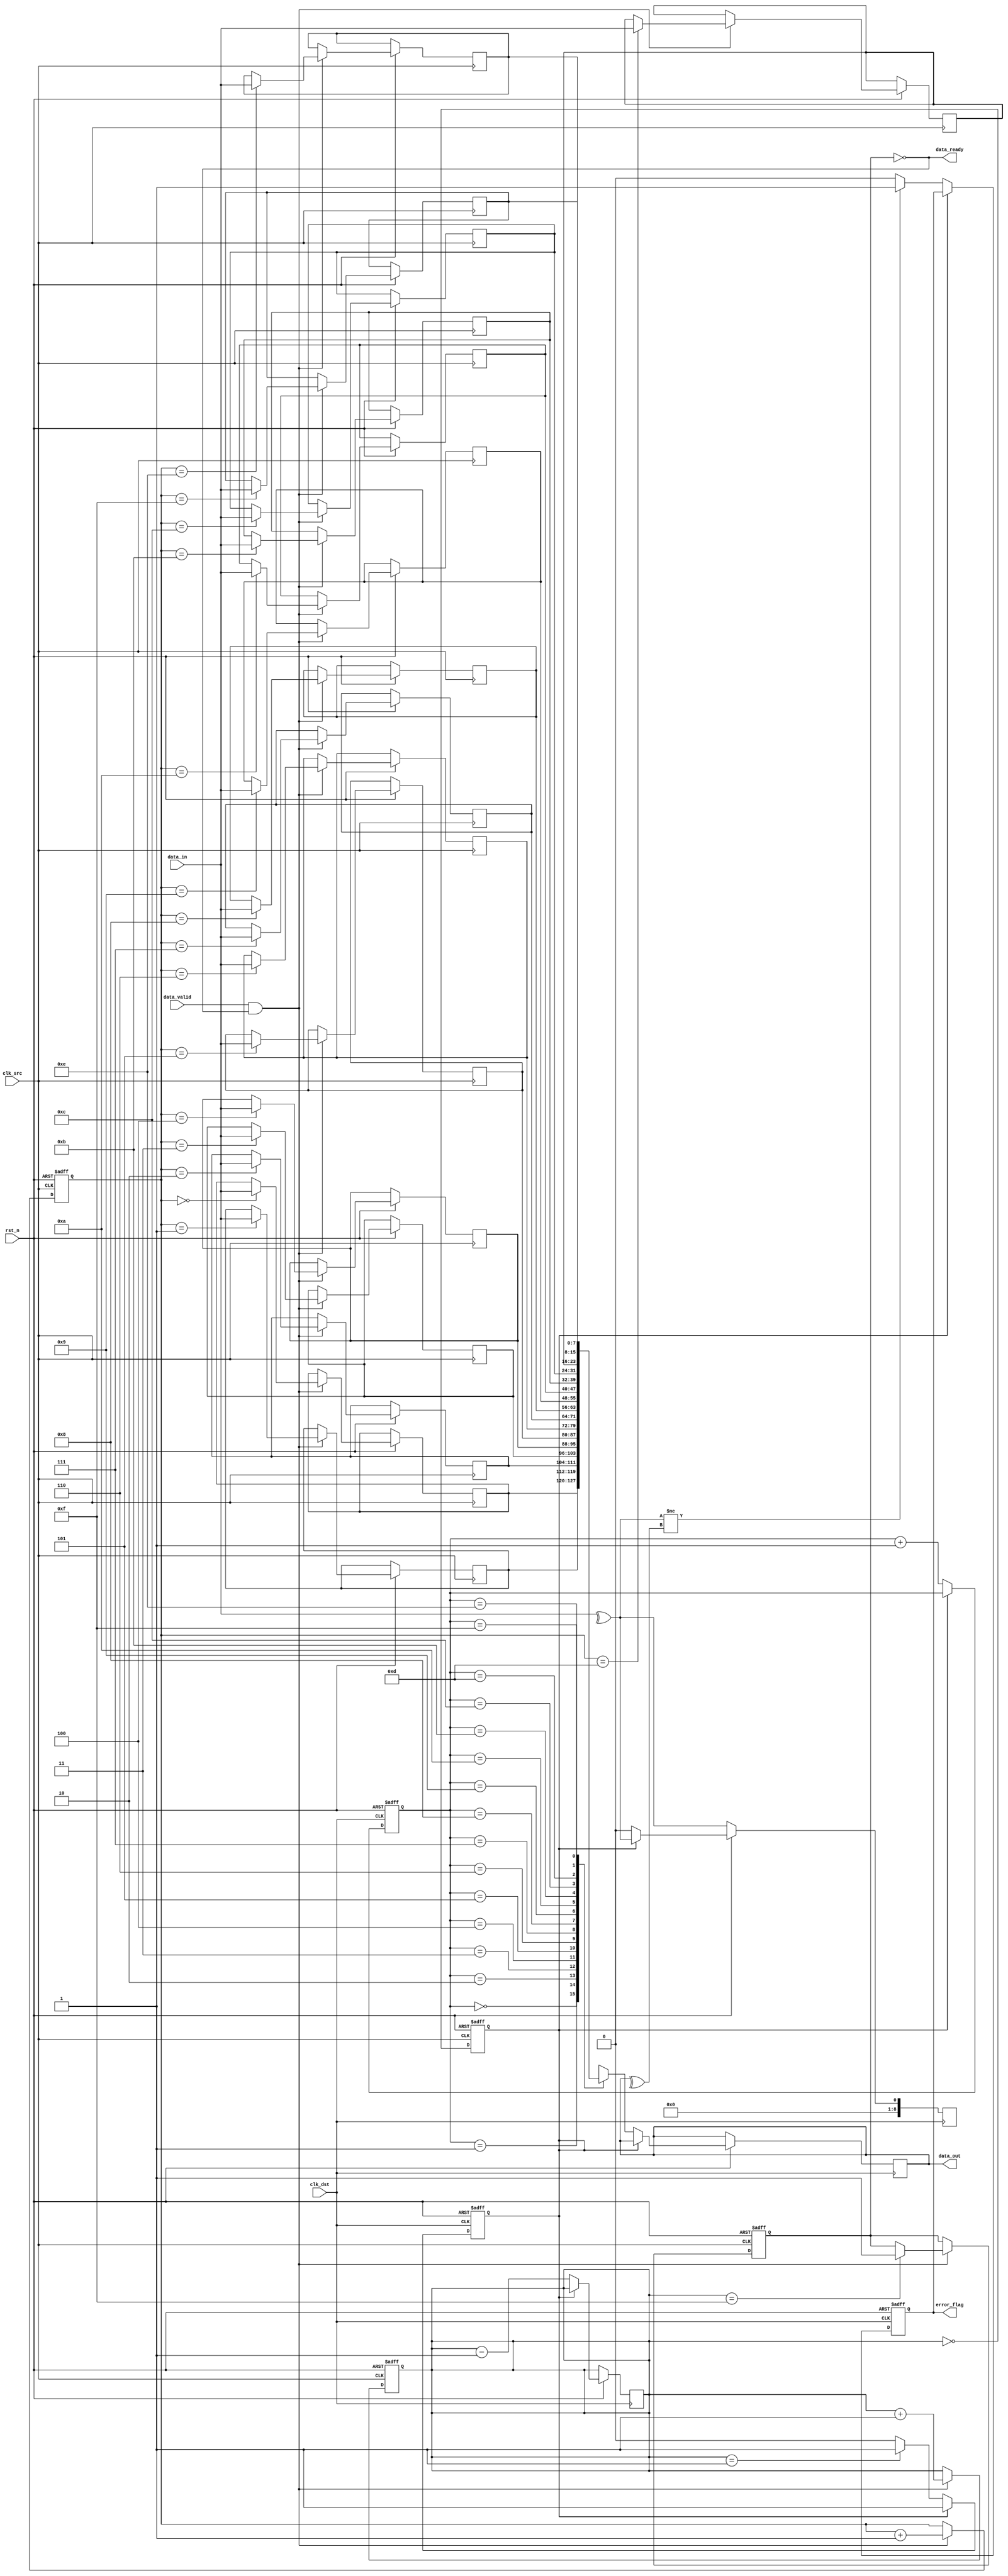
module cdc_memory_block #(
    parameter DATA_WIDTH = 8,
    parameter FIFO_DEPTH = 16
)(
    input wire clk_src,             // Source clock
    input wire clk_dst,             // Destination clock
    input wire rst_n,               // Asynchronous reset (active low)
    input wire [DATA_WIDTH-1:0] data_in, // Data input from the source domain
    input wire data_valid,          // Data valid signal from the source domain
    output wire data_ready,         // Data ready signal for the destination domain
    output reg [DATA_WIDTH-1:0] data_out, // Data output to the destination domain
    output reg error_flag           // Error flag for parity errors
);

    // Internal signals
    reg [DATA_WIDTH-1:0] fifo_mem [0:FIFO_DEPTH-1]; // FIFO memory
    reg [3:0] wr_ptr, rd_ptr; // Write and read pointers
    reg [3:0] fifo_count; // FIFO count
    reg [DATA_WIDTH:0] parity_bit; // Parity bit (1 extra bit for parity)
    
    // Synchronization FIFO control signals
    reg fifo_full, fifo_empty;

    // Generate parity bit
    always @(*) begin
        parity_bit = ^data_in; // Calculate parity (even parity)
    end

    // Write logic for FIFO (source clock domain)
    always @(posedge clk_src or negedge rst_n) begin
        if (!rst_n) begin
            wr_ptr <= 0;
            fifo_count <= 0;
            fifo_full <= 0;
        end else if (data_valid && !fifo_full) begin
            fifo_mem[wr_ptr] <= {parity_bit, data_in}; // Store data with parity
            wr_ptr <= wr_ptr + 1;
            fifo_count <= fifo_count + 1;
            if (fifo_count == FIFO_DEPTH - 1) begin
                fifo_full <= 1; // FIFO is full
            end
        end
    end

    // Read logic for FIFO (destination clock domain)
    always @(posedge clk_dst or negedge rst_n) begin
        if (!rst_n) begin
            rd_ptr <= 0;
            fifo_empty <= 1;
            error_flag <= 0;
        end else if (!fifo_empty) begin
            {parity_bit, data_out} <= fifo_mem[rd_ptr]; // Read data with parity
            rd_ptr <= rd_ptr + 1;
            fifo_count <= fifo_count - 1;
            if (fifo_count == 1) begin
                fifo_empty <= 1; // FIFO is empty
            end
            // Check for parity error
            if (parity_bit != ^data_out) begin
                error_flag <= 1; // Set error flag if parity mismatch
            end else begin
                error_flag <= 0; // Clear error flag if no error
            end
        end
    end

    // Control logic for data ready signal
    assign data_ready = !fifo_full; // Data is ready if FIFO is not full

    // FIFO empty flag logic
    always @(posedge clk_src or negedge rst_n) begin
        if (!rst_n) begin
            fifo_empty <= 1;
        end else begin
            fifo_empty <= (fifo_count == 0);
        end
    end

endmodule